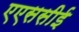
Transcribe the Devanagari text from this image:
एएससीई